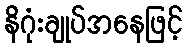
နိဂုံးချုပ်အနေဖြင့်